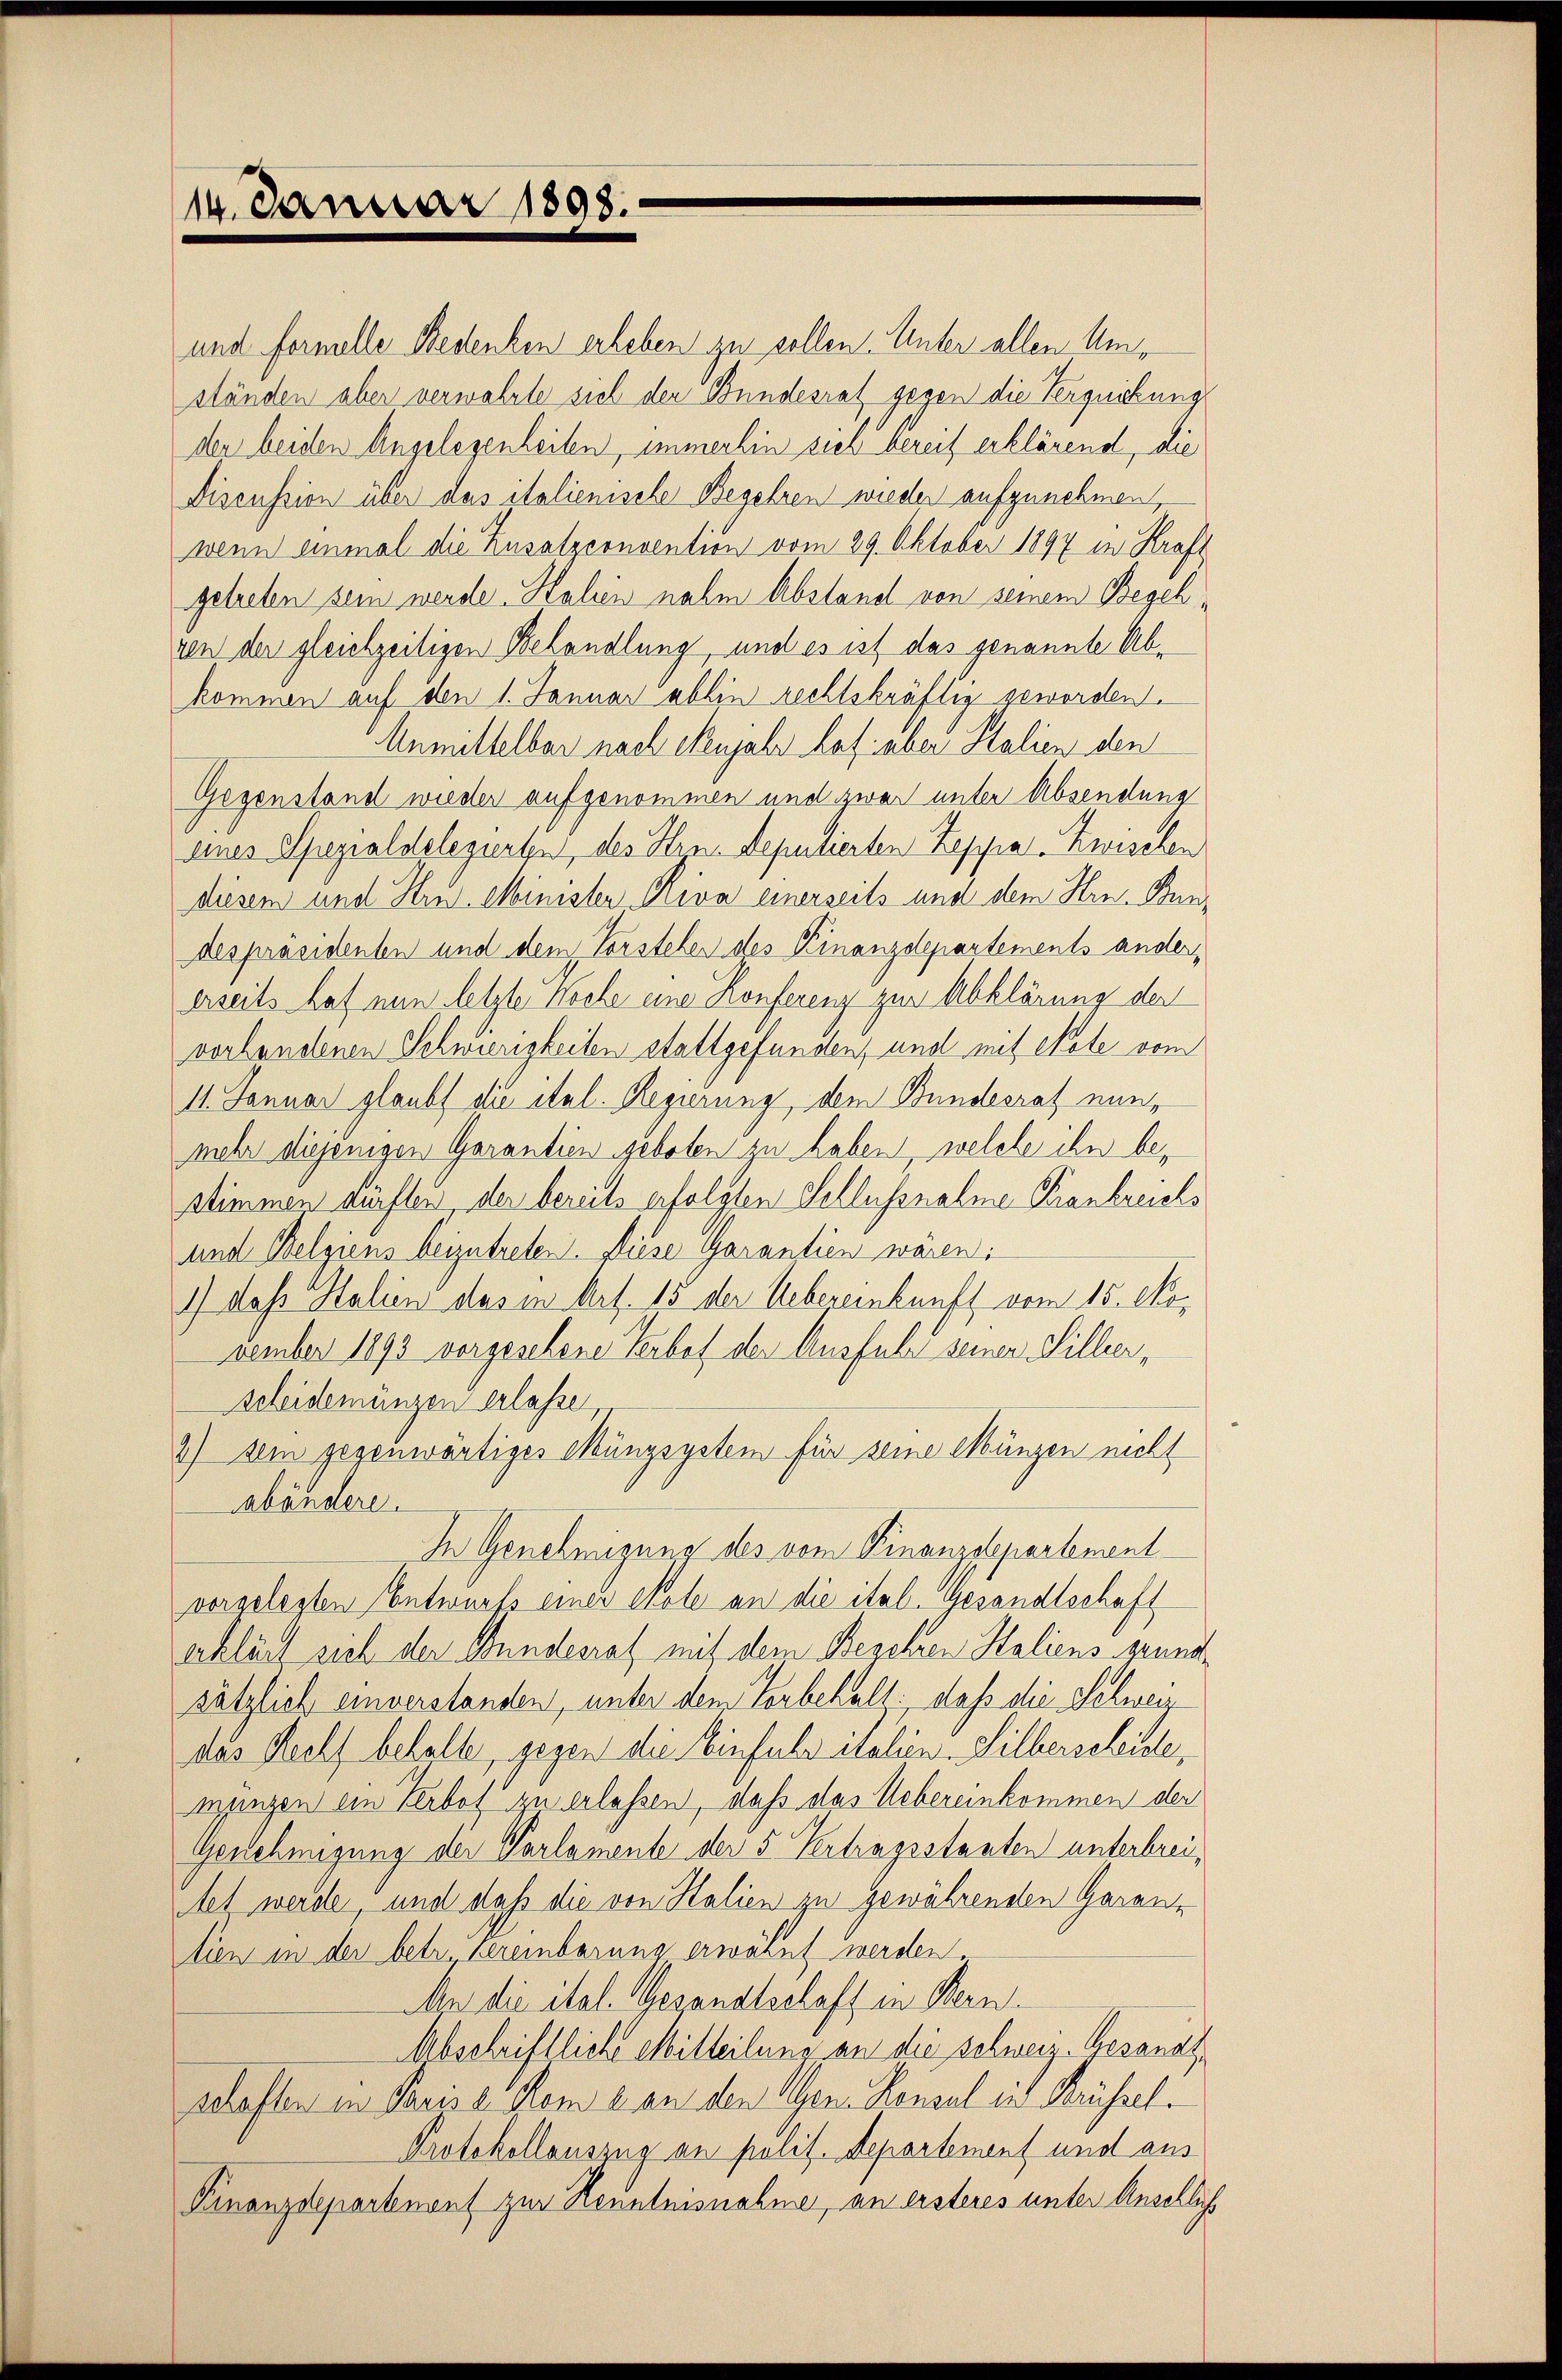
14. Januar 1898.

und formelle Redenken erheben zu sollen. Unter allen Umständen aber verwahrte sich den Bundesrat gegen die Terquickung
der beiden Angelegenheiten, immerhin sich bereit erklärend, die
Discussion über das italienische Begehren wieder aufzunehmen,
wenn einmal die Zusatzconvention vom 29. Oktober 1897 in Kraft
getreten sein werde. Kalien nahm Abstand von seinem Begehren der gleichzeitigen Behandlung, und es ist das genannte Abkommen auf den 1. Januar abhin rechtskräftig geworden.
Anmittelbar nach Neujahr hof aber Stalien den
Gegenstand wieder aufgenommen und zwar unter Absendung
dines Spezialdelegierten, des Hrn. Deputierten Zeppa Zwischen
diesem und Strud Minister Riva einerseits und dem Hrn. Bundespräsidenten und dem Vorstehen des Kinanzdepartements ander
eseits hat nun letzte Koche eine Konferenz zur Abklärung der
vorhandenen Schwierigkeiten stattgefunden, und mit erste vom
11. Januar glaubt die ital. Regierung, dem Bundesrat einmehr diejenigen Garantien geboten zu haben welche ihn bestimmen dürften der bereits erfolgten Schlussnahme Krankreichs
und Belgiens beizutreten. Diese Garantien wären:
1) dass Salien das in Art. 15 der Uebereinkunft vom 15. November 1893 vorgesehene Verbot der Ausfuhr seiner Silbeer,
scheidemünzen erlasse,
2) sein gegenwärtiges Münzsystem für seine Münzen nicht
abändere.
In Genehmigung des vom Finanzdepartement
vorgelegten Entwurfs einer Chole an die ital. Gesandtschaft
erklärt sich der Bundesrat mit dem Beschren Kaliens grundsätzlich einverstanden, unter dem Vorbehalt: daß die Schweiz
das Recht behalte, gegen die Einfuhr italien Silberscheide,
mungen ein Verbot zu erlassen, daß das Uebereinkommen der
Genehmigung der Parlamente der 5 Vertragsstaaten unterbreitet werde, und daß die von Stalien zu gewährenden Garan-
tien in der betr. Hereinbarung erwähnt werden.
An die ital. Gesandtschaff in Bern
Abschriftliche Mitteilung an die schweiz. Gesandt¬
Schaften in Paris a Rom e. an den Gen. Konsul in Brüssel¬
Protokollauszug an polit. Departement und aus
Finanzdepartement zur Trenntnisnahme, an ersteres unter Anschlich